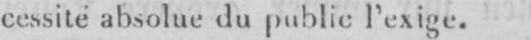
cessité absolue du publicl’exige.